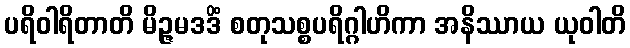
ပရိဝါရိတာတိ မိဉ္ဇမဒဒိံ စတုသစ္စပရိဂ္ဂါဟိကာ အနိဿာယ ယုဝါတိ